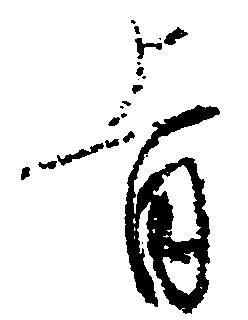
旨